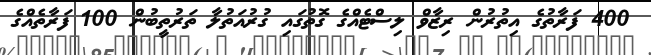
400 ފަރާތުގެ އިތުރުން ރިޒާވް ލިސްޓެއްގެ ގޮތުގައި ގުރުއަތުލާ ތަރުތީބުން 100 ފަރާތެއްގެ